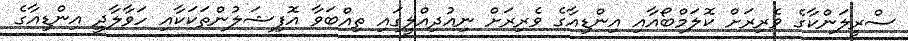
ސްރީލަންކާގެ ވެރިރަށް ކޮލަމްބޯއާއި އިންޑިއާގެ ވެރިރަށް ނިއުދިއްލީގައި ތިއްބަވާ އޮފިޝަލުންތަކަކާއި ހަވާލާދީ އިންޑިއާގެ